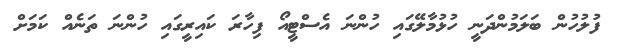
ފުލުހުން ބަލަމުންދަނީ ހުޅުމާލޭގައި ހުންނަ އެސްޓީއޯ ފިހާރަ ކައިރީގައި ހުންނަ ތަނެއް ކަމަށް